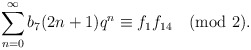
\begin{align*}\sum_{n=0}^{\infty}b_7(2n+1)q^{n}\equiv f_1f_{14}\pmod{2}.\end{align*}